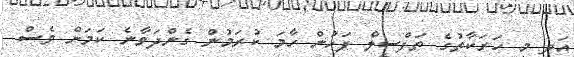
އަދި މި ހަރަކާތުގެ ތަފްސީލް ފަހުން ހާމަ ކުރަމުން ގެންދަވާނެ ކަމަށް ވެސް